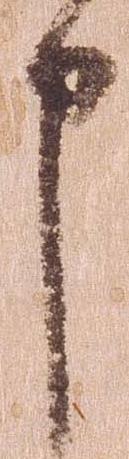
申